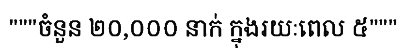
"""ចំនួន ២០,០០០ នាក់ ក្នុងរយៈពេល ៥"""